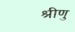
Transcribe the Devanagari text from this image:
श्रीणु